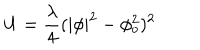
U = \frac { \lambda } { 4 } ( | \phi | ^ { 2 } - \phi _ { o } ^ { 2 } ) ^ { 2 }